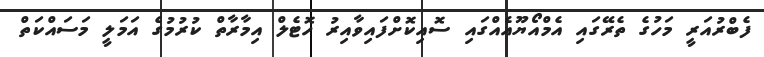
ފެބްރުއަރީ މަހުގެ ތެރޭގައި އެމްއޯޔޫއެއްގައި ސޮއިކޮށްފައިވާއިރު ހޮޓެލް އިމާރާތް ކުރުމުގެ އަމަލީ މަސައްކަތް